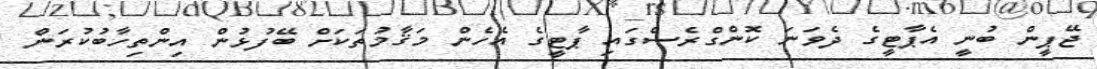
ޖޭޕީން ބުނީ އެޕާޓީގެ ދެވަނަ ކޮންގްރެސްގައި ޕާޓީގެ އެހެން މަޤާމުތަކަށް ބޭފުޅުން އިންތިހާބުކުރަން